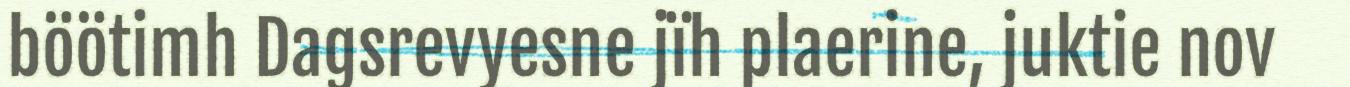
böötimh Dagsrevyesne jïh plaerine, juktie nov